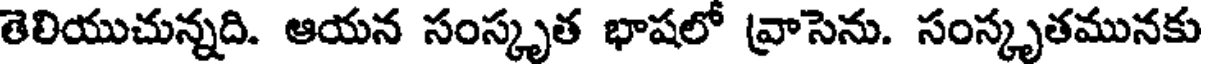
తెలియుచున్నది. ఆయన సంస్కృత భాషలో వ్రాసెను. సంస్కృతమునకు